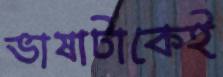
ভাষাটাকেই